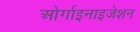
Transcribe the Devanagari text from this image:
ओर्गाइनाइजेशन